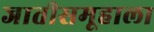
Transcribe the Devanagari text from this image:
जातीसमूहाला